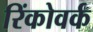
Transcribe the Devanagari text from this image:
रिंकोवर्क